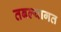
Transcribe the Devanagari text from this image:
तबल्यागत